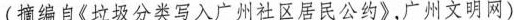
摘编自《垃圾分类写入广州社区居民公约》，广州文明网)